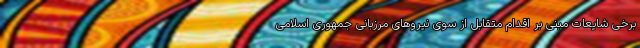
برخی شایعات مبنی بر اقدام متقابل از سوی نیروهای مرزبانی جمهوری اسلامی